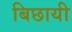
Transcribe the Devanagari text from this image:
बिछायी